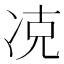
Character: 𠗌